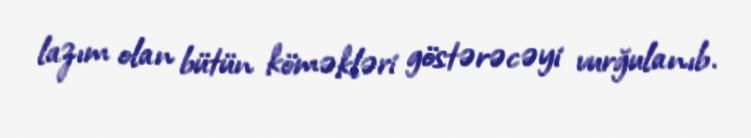
lazım olan bütün köməkləri göstərəcəyi vurğulanıb.